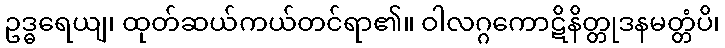
ဥဒ္ဓရေယျ၊ ထုတ်ဆယ်ကယ်တင်ရာ၏။ ဝါလဂ္ဂကောဋိနိတ္တုဒနမတ္တံပိ၊